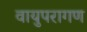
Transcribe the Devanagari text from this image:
वायुपरागण